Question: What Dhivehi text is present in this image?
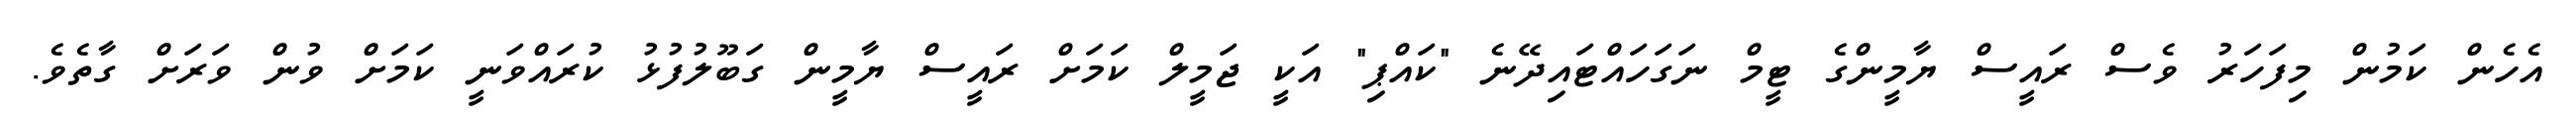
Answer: އެހެން ކަމުން މިފަހަރު ވެސް ރައީސް ޔާމީންގެ ޓީމް ނަގަހައްޓައިދޭނެ "ކައްޕި" އަކީ ޖަމީލް ކަމަށް ރައީސް ޔާމީން ގަބޫލުފުޅު ކުރައްވަނީ ކަމަށް ވުން ވަރަށް ގާތެވެ.